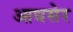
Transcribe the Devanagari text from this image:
आधसेर